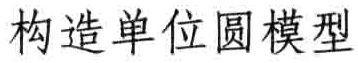
构造单位圆模型